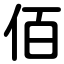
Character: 佰